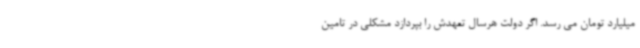
میلیارد تومان می رسد. اگر دولت هرسال تعهدش را بپردازد مشکلی در تامین